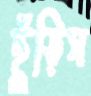
ছুঁড়িস